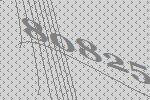
80825